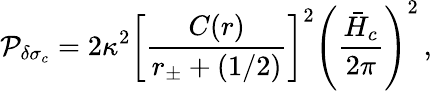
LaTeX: {\cal P}_{\delta\sigma_{c}}=2\kappa^{2}\left[{\frac{C(r)}{r_{\pm}+(1/2)}}\right]^{2}\left({\frac{\bar{H}_{c}}{2\pi}}\right)^{2}\, ,